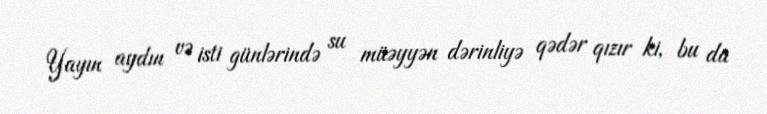
Yayın aydın və isti günlərində su müəyyən dərinliyə qədər qızır ki, bu da